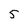
Character: 5